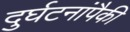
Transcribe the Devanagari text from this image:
दुर्घटनांपैकी